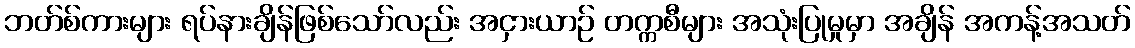
ဘတ်စ်ကားများ ရပ်နားချိန်ဖြစ်သော်လည်း အငှားယာဉ် တက္ကစီများ အသုံးပြုမှုမှာ အချိန် အကန့်အသတ်